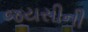
જયસીની